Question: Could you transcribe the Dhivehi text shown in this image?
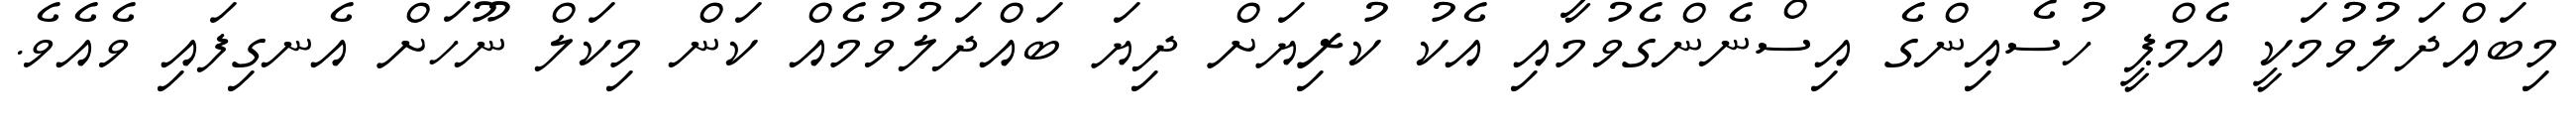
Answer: މިބައްދަލުވުމަކީ އެމްޕީ ހުސެއިންގެ އިސްނެންގެވުމާއި އެކު ކުރިޔަށް ދިޔަ ބައްދަލުވުމެއް ކަން މިކަލް ނޫހަށް އެނގިފައި ވެއެވެ.